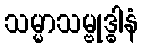
သမ္မာသမ္ဗုဒ္ဓါနံ